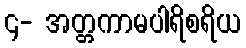
၄- အတ္တကာမပါရိစရိယ